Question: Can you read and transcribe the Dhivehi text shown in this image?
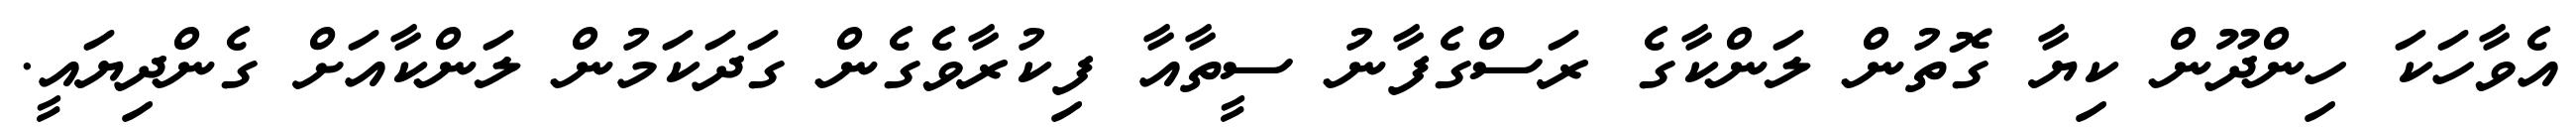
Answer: އެވާހަކަ ހިންދޫން ކިޔާ ގޮތުން ލަންކާގެ ރަސްގެފާނު ސީތާއާ ފިކުރާވެގެން ގަދަކަމުން ލަންކާއަށް ގެންދިޔައީ.